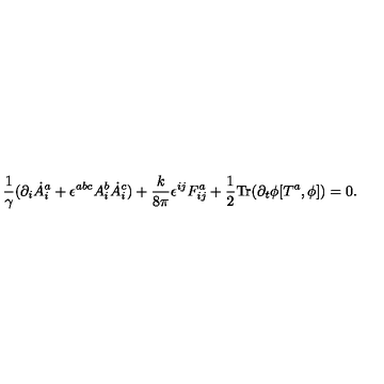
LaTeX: \frac { 1 } { \gamma } ( \partial _ { i } \dot { A } _ { i } ^ { a } + \epsilon ^ { a b c } A _ { i } ^ { b } \dot { A } _ { i } ^ { c } ) + \frac { k } { 8 \pi } \epsilon ^ { i j } F _ { i j } ^ { a } + \frac { 1 } { 2 } \mathrm { T r } ( \partial _ { t } \phi [ T ^ { a } , \phi ] ) = 0 .